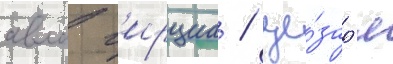
авла г'ирциа / це́зар'я